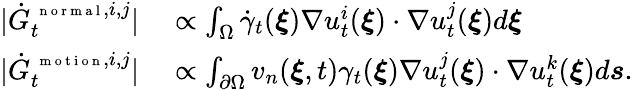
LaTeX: \begin{array}{rl}{|\dot{G}_{t}^{\mathrm{~\scriptsize~n~o~r~m~a~l~},i,j}|}&{{}\propto\int_{\Omega}\dot{\gamma}_{t}(\boldsymbol\xi)\nabla u_{t}^{i}(\boldsymbol\xi)\cdot\nabla u_{t}^{j}(\boldsymbol\xi)d\boldsymbol\xi}\\ {|\dot{G}_{t}^{\mathrm{~\scriptsize~m~o~t~i~o~n~},i,j}|}&{{}\propto\int_{\partial\Omega}v_{n}(\boldsymbol\xi,t)\gamma_{t}(\boldsymbol\xi)\nabla u_{t}^{j}(\boldsymbol\xi)\cdot\nabla u_{t}^{k}(\boldsymbol\xi)d\boldsymbol s.}\end{array}